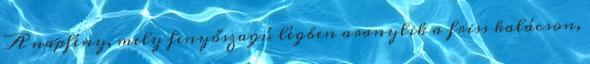
A napfény, mely fenyőszagú légben aranylik a friss kalácson,